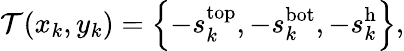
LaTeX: \mathcal{T}(x_{k},y_{k})=\left\{ -s_{k}^{\mathrm{top}},-s_{k}^{\mathrm{bot}},-s_{k}^{\mathrm{h}}\right\} ,